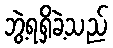
ဘွဲ့ရရှိခဲ့သည်